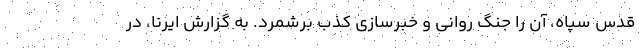
قدس سپاه، آن را جنگ روانی و خبرسازی کذب برشمرد. به گزارش ایرنا، در